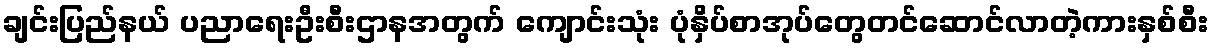
ချင်းပြည်နယ် ပညာရေးဦးစီးဌာနအတွက် ကျောင်းသုံး ပုံနှိပ်စာအုပ်တွေတင်ဆောင်လာတဲ့ကားနှစ်စီး